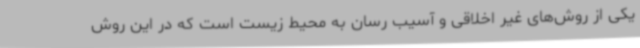
یکی از روش‌های غیر اخلاقی و آسیب رسان به محیط زیست است که در این روش